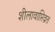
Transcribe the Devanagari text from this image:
शीलावाप्तिव्रत